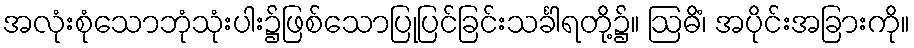
အလုံးစုံသောဘုံသုံးပါး၌ဖြစ်သောပြုပြင်ခြင်းသင်္ခါရတို့၌။ ဩဓိံ၊ အပိုင်းအခြားကို။